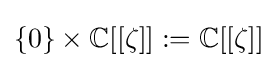
\{0\}\times \mathbb {C} [[\zeta ]]:=\mathbb {C} [[\zeta ]]